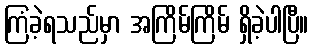
ကြံခဲ့ရသည်မှာ အကြိမ်ကြိမ် ရှိခဲ့ပါပြီ။